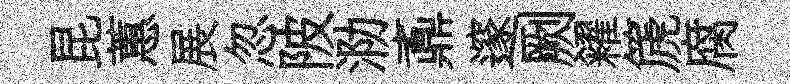
昆蕙展忽陂泐鼒邃劂糴篪腐